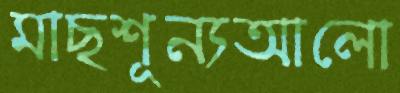
মাছশূন্যআলো